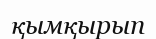
қымқырып